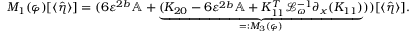
\begin{array} { r } { M _ { 1 } ( \varphi ) [ \langle \hat { \eta } \rangle ] = ( 6 \varepsilon ^ { 2 b } \mathbb { A } + \underbrace { ( K _ { 2 0 } - 6 \varepsilon ^ { 2 b } \mathbb { A } + K _ { 1 1 } ^ { T } \mathcal { L } _ { \omega } ^ { - 1 } \partial _ { x } ( K _ { 1 1 } ) } _ { = : M _ { 3 } ( \varphi ) } ) ) [ \langle \hat { \eta } \rangle ] . } \end{array}